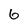
Character: 6